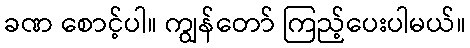
ခဏ စောင့်ပါ။ ကျွန်တော် ကြည့်ပေးပါမယ်။